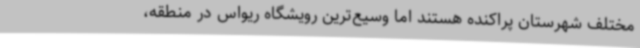
مختلف شهرستان پراکنده‌ هستند اما وسیع‌ترین رویشگاه ریواس در منطقه،